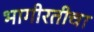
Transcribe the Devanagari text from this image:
भागीरतीचा